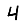
Digit: 4